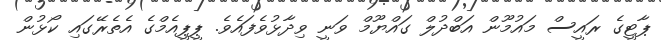
ޕާޓީގެ ރައީސް މައުމޫން އަބްދުލް ގައްޔޫމް ވަނީ ވިދާޅުވެފައެވެ. ޕީޕީއެމްގެ އެތެރޭގައި ކޯޅުން